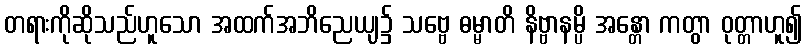
တရားကိုဆိုသည်ဟူသော အထက်အဘိညေယျ၌ သဗ္ဗေ ဓမ္မာတိ နိဗ္ဗာနမ္ပိ အန္တော ကတွာ ဝုတ္တာဟူ၍